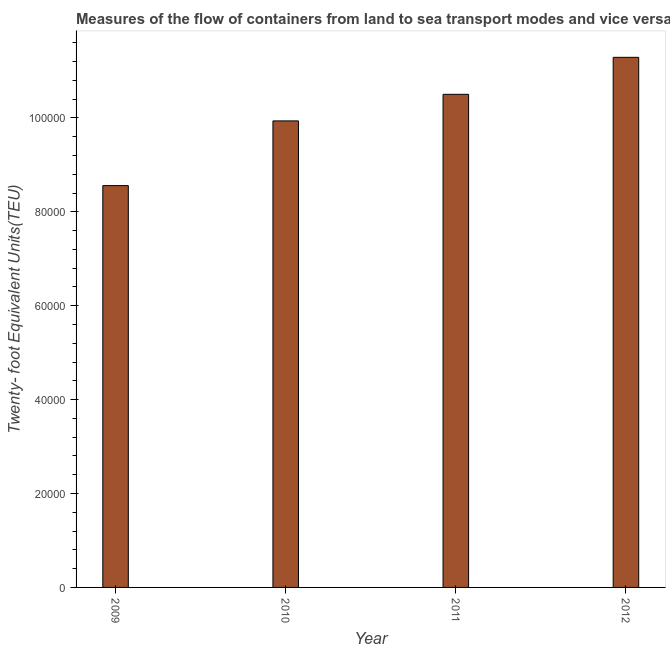
| Year | Container port traffic |
 | --- | --- |
 | 2009 | 8.56e+04 |
 | 2010 | 9.94e+04 |
 | 2011 | 1.05e+05 |
 | 2012 | 1.13e+05 |